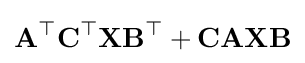
\mathbf {A^{\top }C^{\top }XB^{\top }} +\mathbf {CAXB}